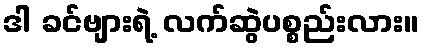
ဒါ ခင်ဗျားရဲ့ လက်ဆွဲပစ္စည်းလား။